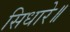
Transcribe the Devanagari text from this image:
सिधारे॥